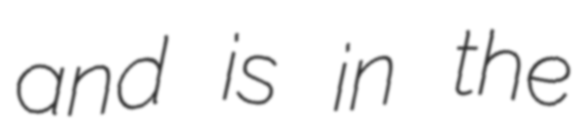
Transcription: and is in the